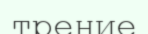
трение